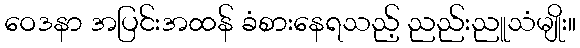
ဝေဒနာ အပြင်းအထန် ခံစားနေရသည့် ညည်းညူသံမျိုး။